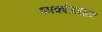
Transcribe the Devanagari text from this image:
फाकजियान